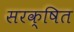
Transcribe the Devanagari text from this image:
सरक्षित